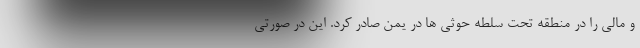
و مالی را در منطقه تحت سلطه حوثی ها در یمن صادر کرد. این در صورتی